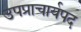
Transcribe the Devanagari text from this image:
उपप्राचार्यपद